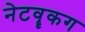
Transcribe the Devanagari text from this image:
नेटवॄकग